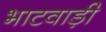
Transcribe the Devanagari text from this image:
भाटवाड़ी